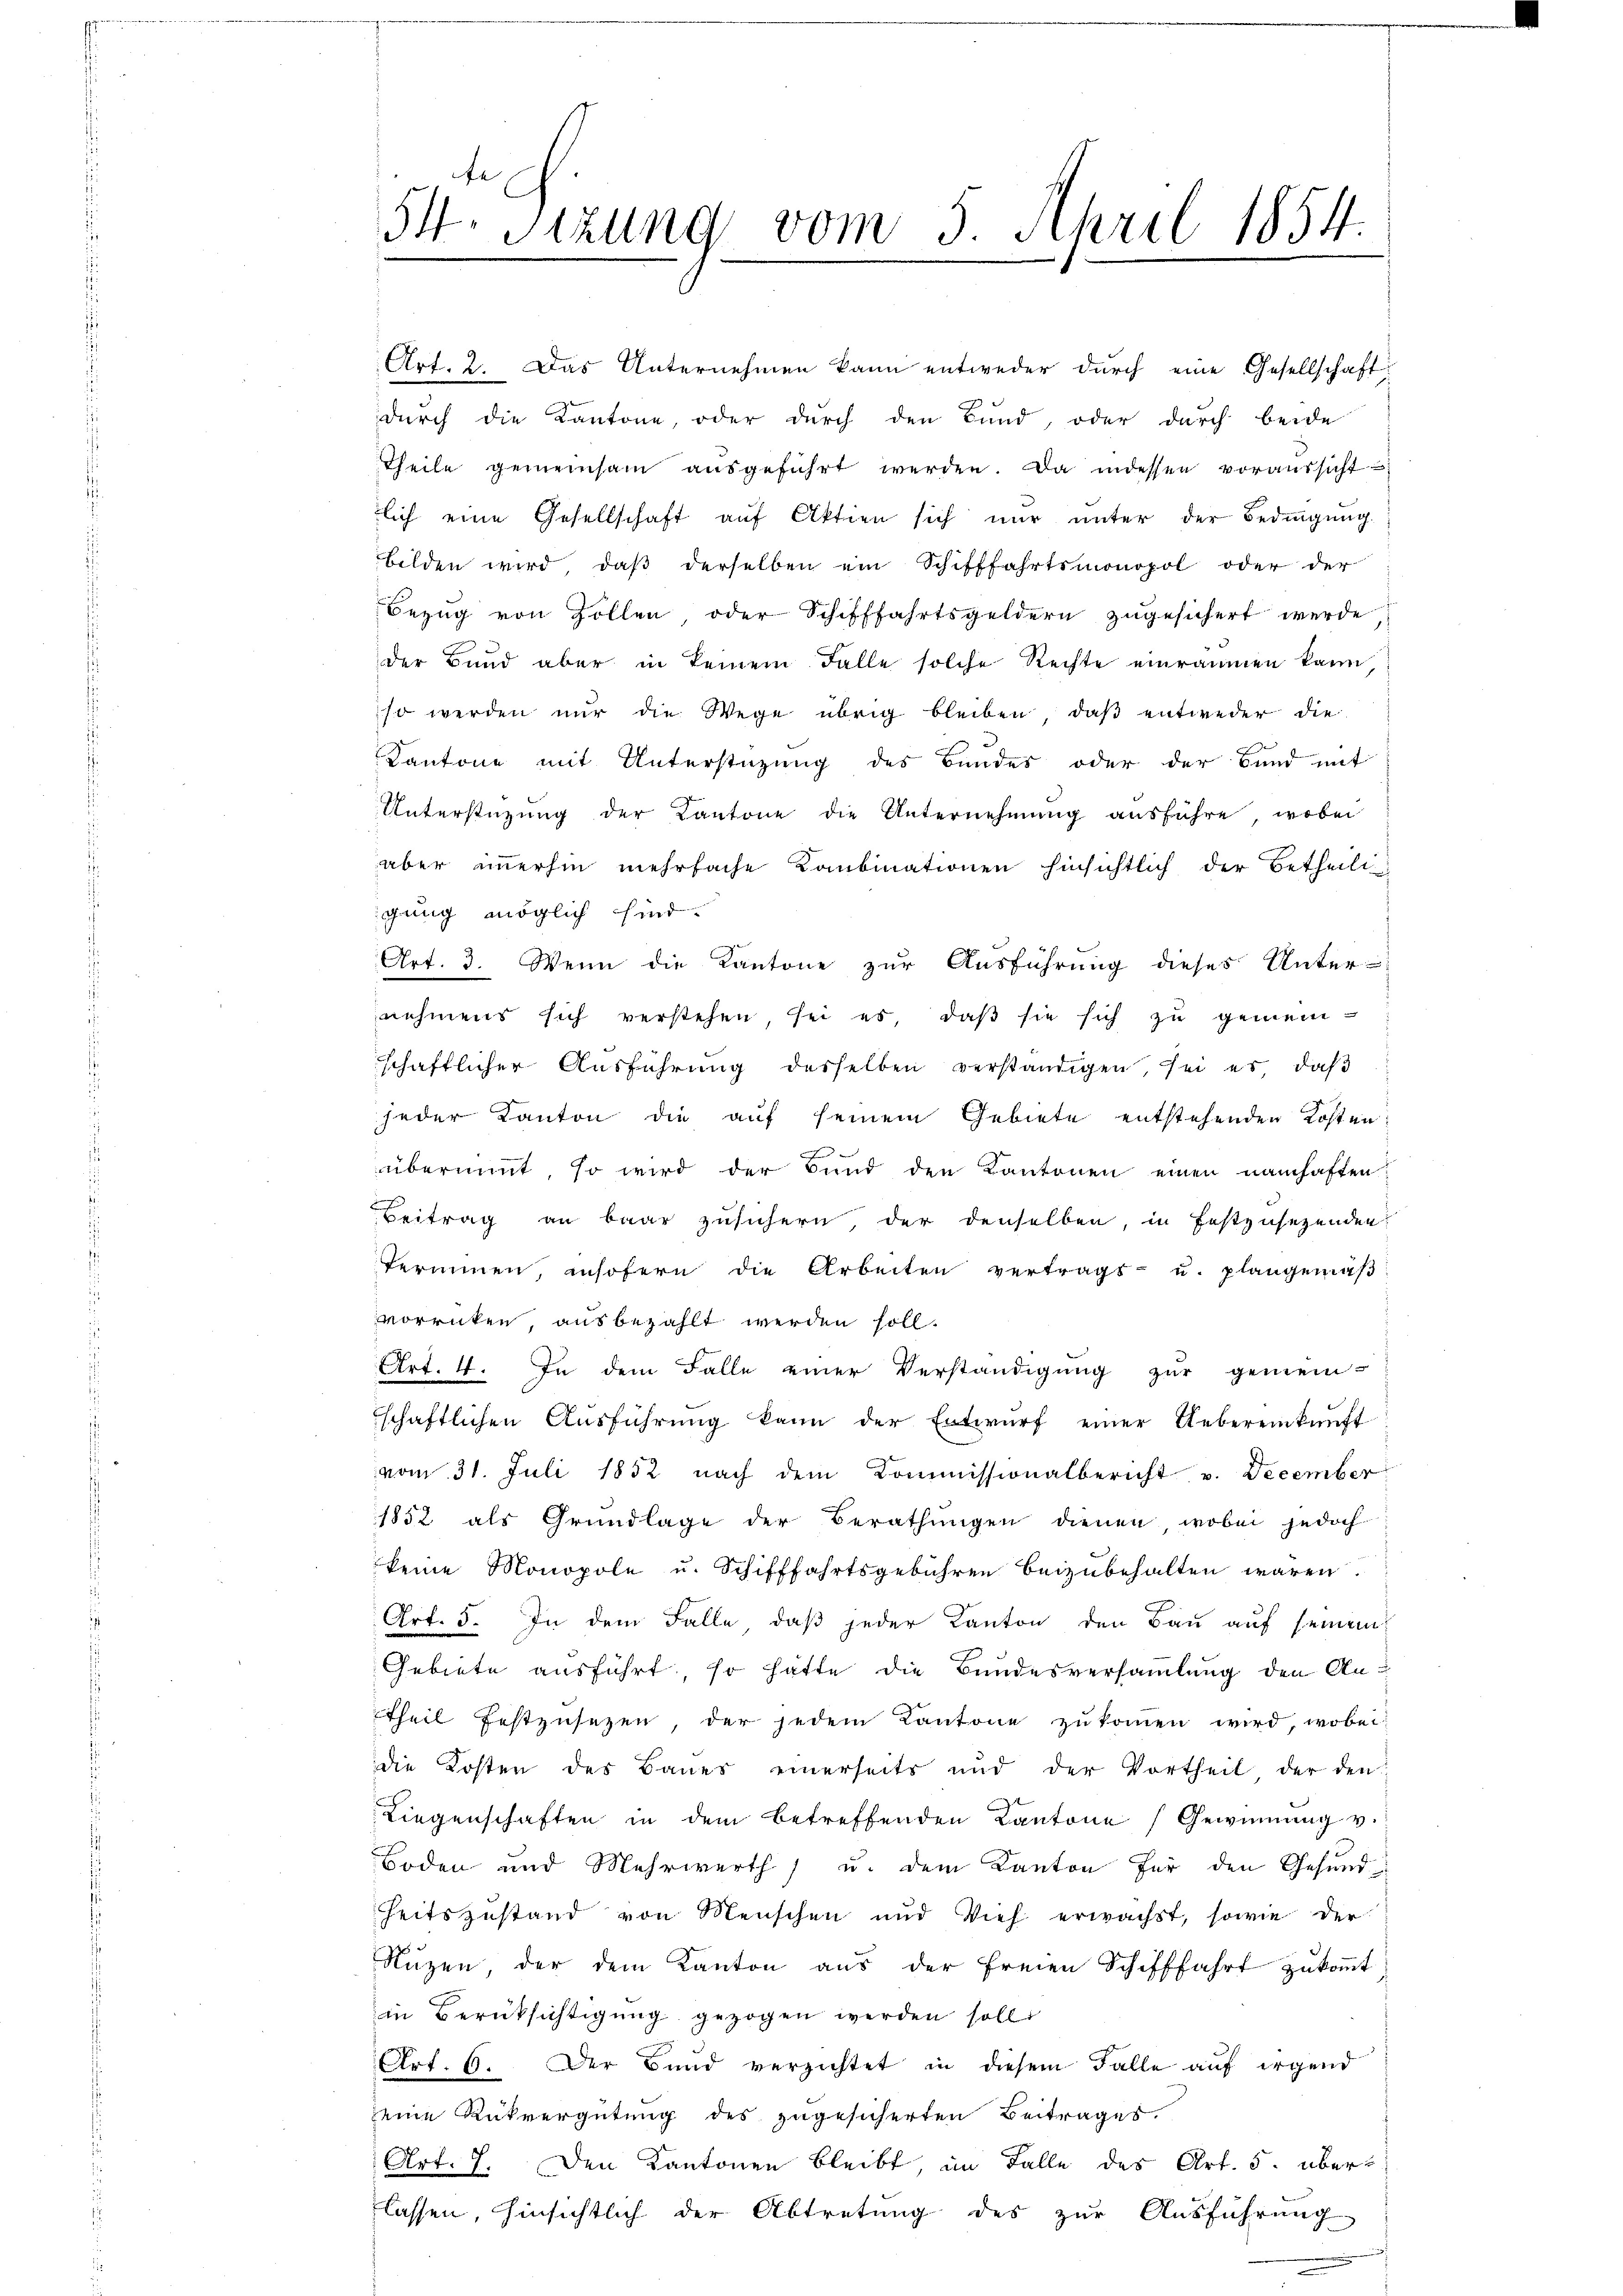
54. Sitzung vom 5. April 1854

Art. 2. Das Unternehmen kann entweder durch eine Gesellschaft
durch die Kantone, oder durch den Bund, oder durch beide
Theile gemeinsam aŭsgeführt werden. Da indessen voraŭssicht-
lich eine Gesellschaft auf Aktien sich nur unter der Bedingung.
bilden wird, daß derselben ein Schifffahrtsmonopol oder der
Bezug von Zollen, oder Schifffahrtsgeldern zugesichert werde
der Bund aber in keinem Falle solche Rechte einräumen kann
so werden nŭr die Wege übrig bleiben, daß entweder die
Kantone mit Unterstüzung des Bundes oder der Bund mit
Unterstüzung der Kantone die Unternehmung aŭsführe, wobei
aber immerhin mehrfache Kabinationen hinsichtlich der Betheili
gung möglich sind.
Art. 3. Wenn die Kantone zur Ausführung dieses Unter-
nehmens sich verstehen, sei es, daß sie sich zu gemeinschaftlicher Ausführung desselben verständigen, sei es, daß
jeder Kanton die auf seinem Gebiete entstehenden Kosten
übernimt, so wird der Bund den Kantonen einen namhaften
Beitrag an baar zusichern, der denselben, in festzusehenden.
terminen, insofern die Arbeiten vertragt u. plangemäβ
vorrücken, ausbezahlt werden soll.
Art. 4. In dem Falle einer Verständigung zur gemein-
schaftlichen Aŭsführŭng kann der Entwŭrf einer Uebereinkunft
vom 31. Juli 1852 nach dem Kommissionalbericht v. December
1852 als Grundlage der Berathungen dienen, wobei jedoch
keine Monopole u. Schifffahrtsgebühren beizubehalten wären.
Art. 5. In dem Falle, daß jeder Kanton den Bau auf seinem
Gebiete ausführt, so hatte die Bundesversammlung den Antheil festzusetzen der jedem Kantone zŭkoṁen wird, wobei
die Kosten des Baues einerseits und der Vortheil der den
Liegenschaften in dem betreffenden Kantone Gewinnung v.
Boden und Mehrwerth, u. dem Kanton für den Gesundheitszustand von Menschen und Vieh erwachst, sowie der
Ruzen der dem Kanton aus der freien Schifffahrt zukommt
in Berüksichtigung gezogen werden solle
Art. 6. Der Bund verzichtet in diesem Falle auf irgend
eine Rückvergütung des zugesicherten Beitrages.
Art. 7. Den Kantonen bleibt, im Falle des Art. 5. überlassen, hinsichtlich der Abtretung des zur Ausführung